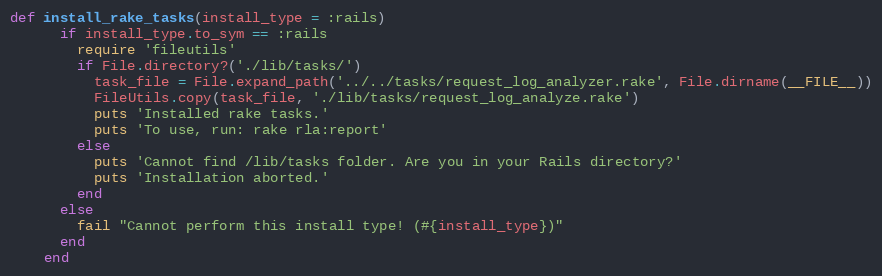
Language: Ruby
def install_rake_tasks(install_type = :rails)
      if install_type.to_sym == :rails
        require 'fileutils'
        if File.directory?('./lib/tasks/')
          task_file = File.expand_path('../../tasks/request_log_analyzer.rake', File.dirname(__FILE__))
          FileUtils.copy(task_file, './lib/tasks/request_log_analyze.rake')
          puts 'Installed rake tasks.'
          puts 'To use, run: rake rla:report'
        else
          puts 'Cannot find /lib/tasks folder. Are you in your Rails directory?'
          puts 'Installation aborted.'
        end
      else
        fail "Cannot perform this install type! (#{install_type})"
      end
    end